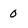
Character: O